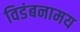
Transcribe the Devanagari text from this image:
विडंबनामय